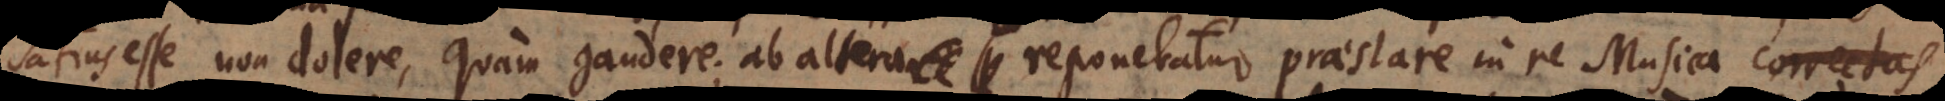
satius esse non dolere, quam gaudere; ab altera reponebatur praestare in re Musica correctas